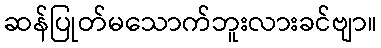
ဆန်ပြုတ်မသောက်ဘူးလားခင်ဗျာ။